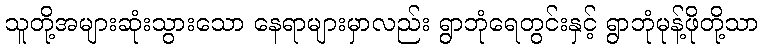
သူတို့အများဆုံးသွားသော နေရာများမှာလည်း ရွာဘုံရေတွင်းနှင့် ရွာဘုံမုန့်ဖိုတို့သာ